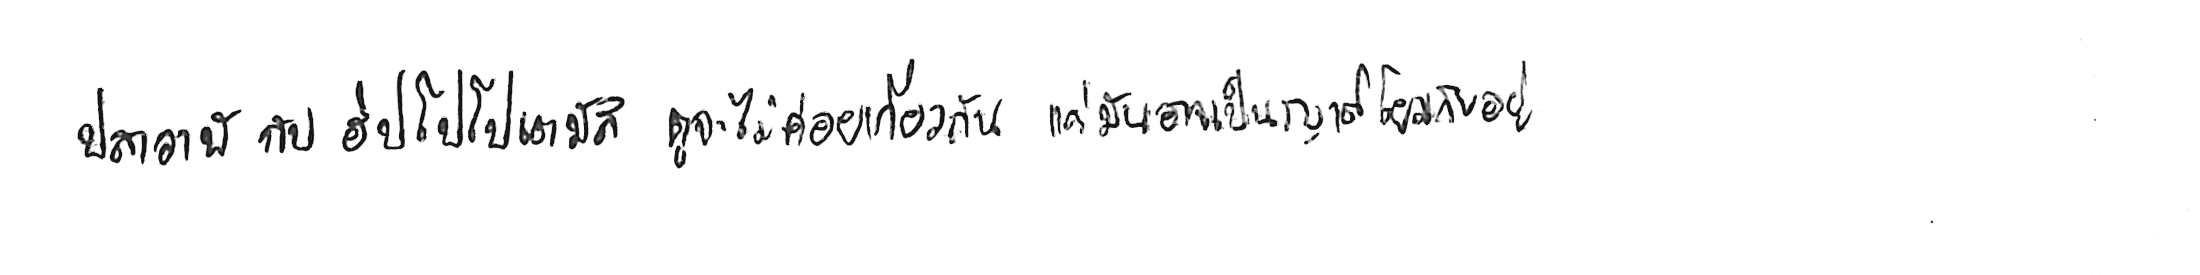
ปลาวาฬ กับ ฮิปโปโปเตมัส ดูจะไม่ค่อยเกี่ยวกัน แต่มันอาจเป็นญาติโยมกันอยู่